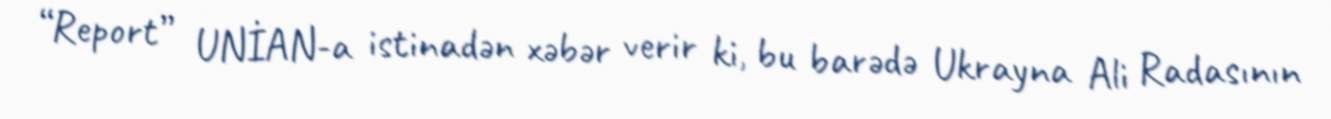
“Report” UNİAN-a istinadən xəbər verir ki, bu barədə Ukrayna Ali Radasının